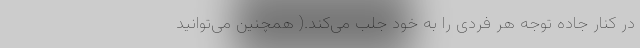
در کنار جاده توجه هر فردی را به خود جلب می‌کند.( همچنین می‌توانید